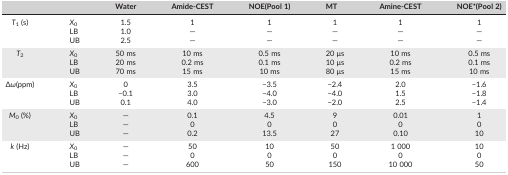
| <COLSPAN=2>  | Water | Amide‐CEST | NOE(Pool 1) | MT | Amine‐CEST | NOE*(Pool 2) |
 | --- | --- | --- | --- | --- | --- | --- | --- |
 | <ROWSPAN=3> T1 (s) | X0 | 1.5 | 1 | 1 | 1 | 1 | 1 |
 | LB | 1.0 | — | — | — | — | — |
 | UB | 2.5 | — | — | — | — | — |
 | <ROWSPAN=3> T2 | X0 | 50 ms | 10 ms | 0.5 ms | 20 μs | 10 ms | 0.5 ms |
 | LB | 20 ms | 0.2 ms | 0.1 ms | 10 μs | 0.2 ms | 0.1 ms |
 | UB | 70 ms | 15 ms | 10 ms | 80 μs | 15 ms | 10 ms |
 | <ROWSPAN=3> Δω(ppm) | X0 | 0 | 3.5 | −3.5 | −2.4 | 2.0 | −1.6 |
 | LB | −0.1 | 3.0 | −4.0 | −4.0 | 1.5 | −1.8 |
 | UB | 0.1 | 4.0 | −3.0 | −2.0 | 2.5 | −1.4 |
 | <ROWSPAN=3> M0 (%) | X0 | — | 0.1 | 4.5 | 9 | 0.01 | 1 |
 | LB | — | 0 | 0 | 0 | 0 | 0 |
 | UB | — | 0.2 | 13.5 | 27 | 0.10 | 10 |
 | <ROWSPAN=3> k (Hz) | X0 | — | 50 | 10 | 50 | 1 000 | 10 |
 | LB | — | 0 | 0 | 0 | 0 | 0 |
 | UB | — | 600 | 50 | 150 | 10 000 | 50 |